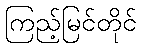
ကြည့်မြင်တိုင်